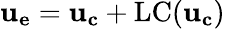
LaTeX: \mathbf{u_{e}}=\mathbf{u_{c}}+\mathrm{LC}(\mathbf{u_{c}})